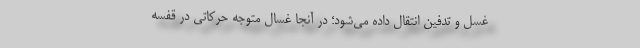
غسل و تدفین انتقال داده می‌شود؛ در آنجا غسال متوجه حرکاتی در قفسه